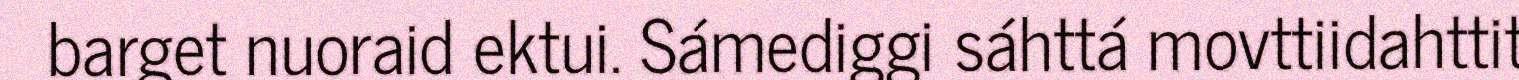
barget nuoraid ektui. Sámediggi sáhttá movttiidahttit